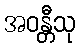
အဝန္တီသု